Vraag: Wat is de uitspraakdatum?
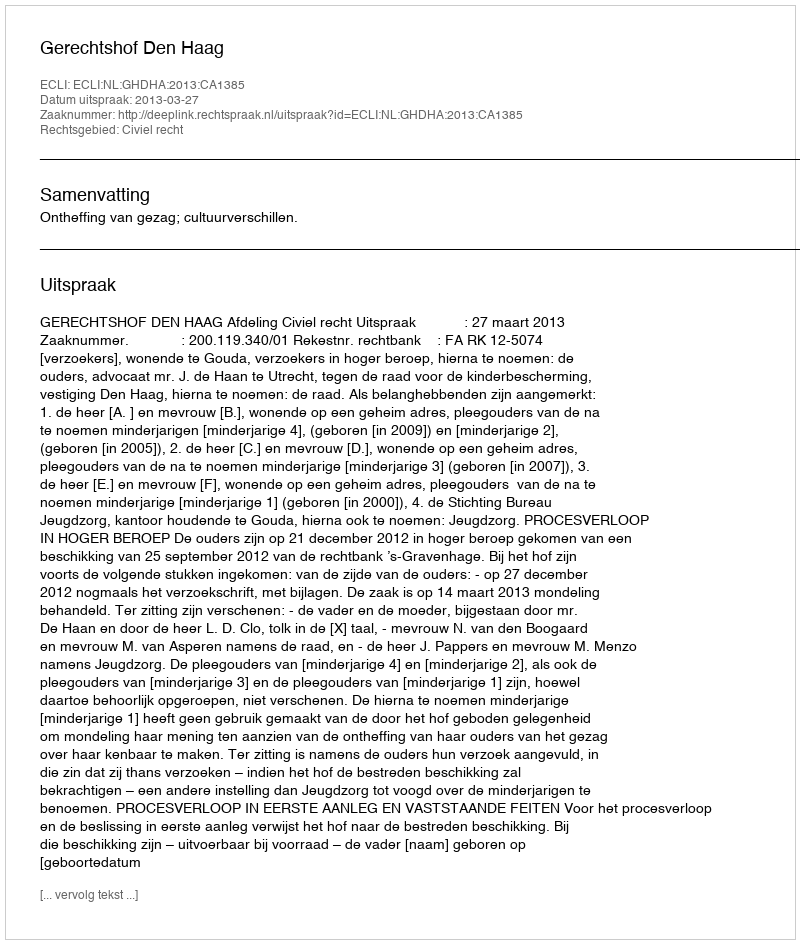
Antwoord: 2013-03-27